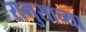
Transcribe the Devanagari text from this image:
रागुसाच्या